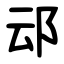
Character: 䢵